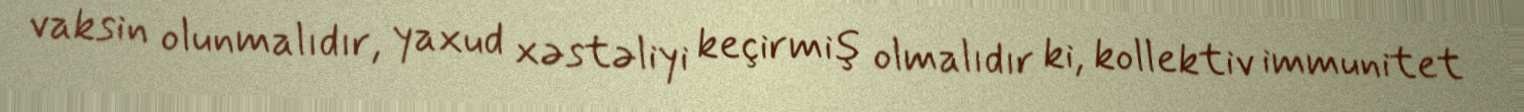
vaksin olunmalıdır, yaxud xəstəliyi keçirmiş olmalıdır ki, kollektiv immunitet